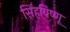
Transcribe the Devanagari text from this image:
सिंहविष्णू